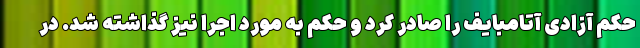
حکم آزادی آتامبایف را صادر کرد و حکم به مورد اجرا نیز گذاشته شد. در